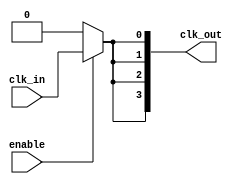
module low_power_clock_buffer (
    input wire clk_in,        // Clock input
    input wire enable,        // Enable signal for the buffer
    output wire [3:0] clk_out // Buffered clock outputs
);

    // Internal signals
    wire clk_stage1, clk_stage2, clk_stage3;

    // Stage 1: First buffering stage
    // Using an inverter and a pass-gate for signal integrity
    assign clk_stage1 = enable ? clk_in : 1'b0; // Pass-gate
    assign clk_stage1_buf = clk_stage1; // Buffer stage

    // Stage 2: Second buffering stage
    assign clk_stage2 = enable ? clk_stage1_buf : 1'b0;

    // Stage 3: Final buffering stage
    assign clk_stage3 = enable ? clk_stage2 : 1'b0;

    // Output assignments
    // Distributing the buffered clock signal to multiple outputs
    assign clk_out[0] = clk_stage3;
    assign clk_out[1] = clk_stage3; // Replicate for more outputs
    assign clk_out[2] = clk_stage3;
    assign clk_out[3] = clk_stage3;

    // Power gating: Disable the buffer when not in use
    // Additional logic can be added here for more complex power gating schemes

endmodule